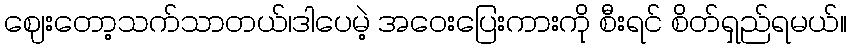
ဈေးတော့သက်သာတယ်၊ဒါပေမဲ့ အဝေးပြေးကားကို စီးရင် စိတ်ရှည်ရမယ်။